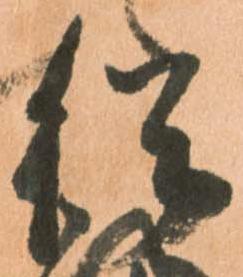
従